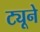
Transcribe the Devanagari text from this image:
ट्यूने